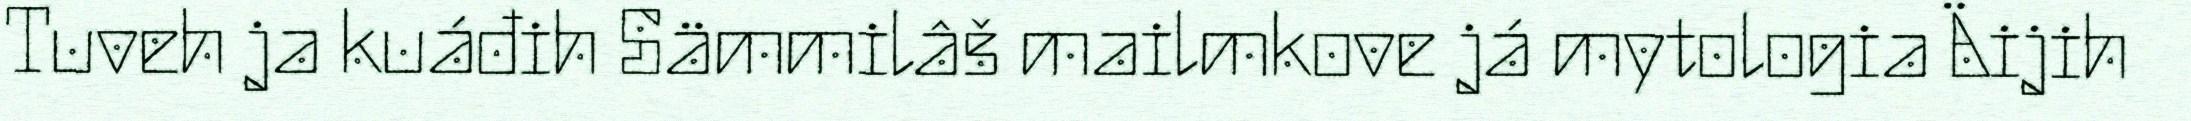
Tuveh ja kuáđih Sämmilâš mailmkove já mytologia Äijih